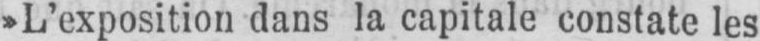
»L’exposition dans la capitale constate les